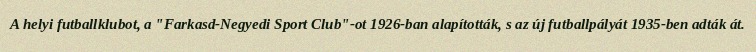
A helyi futballklubot, a "Farkasd-Negyedi Sport Club"-ot 1926-ban alapították, s az új futballpályát 1935-ben adták át.